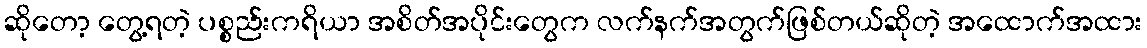
ဆိုတော့ တွေ့ရတဲ့ ပစ္စည်းကရိယာ အစိတ်အပိုင်းတွေက လက်နက်အတွက်ဖြစ်တယ်ဆိုတဲ့ အထောက်အထား